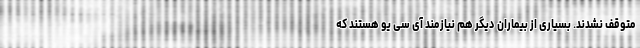
متوقف نشدند. بسیاری از بیماران دیگر هم نیازمند آی سی یو هستند که